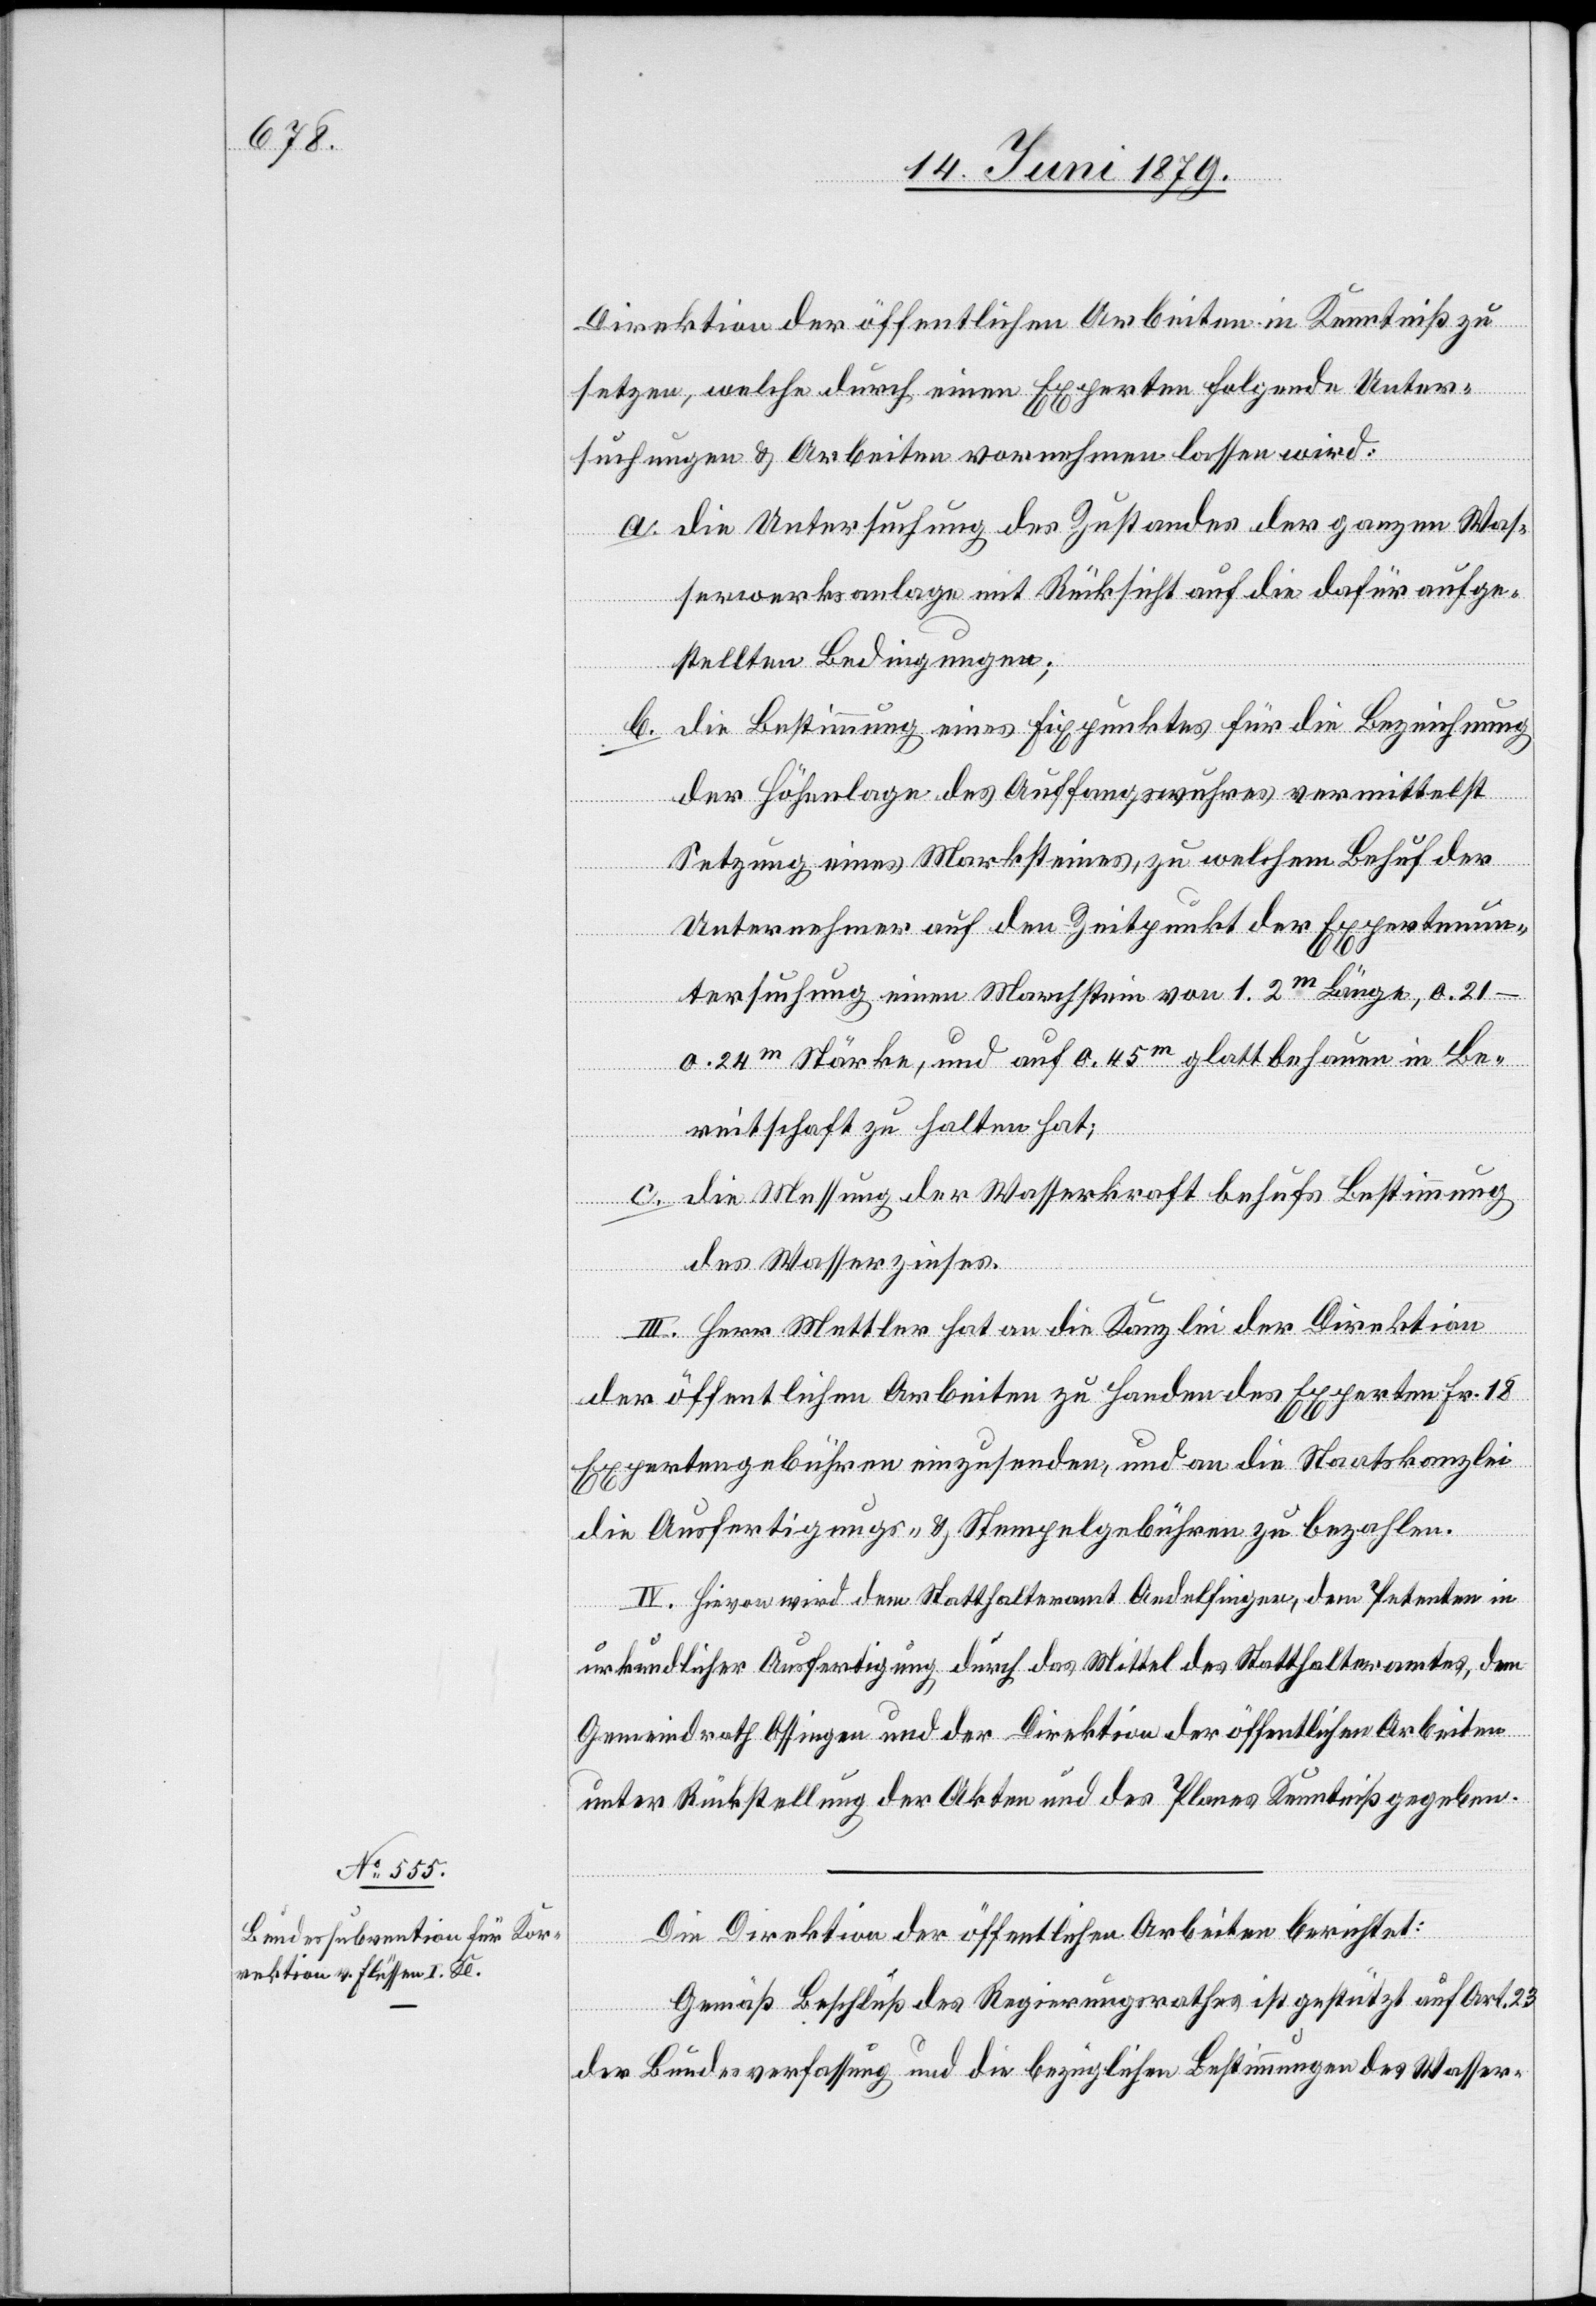
Direktion der öffentlichen Arbeiten in Kenntniß zu
setzen, welche durch einen Experten folgende Unter¬
suchungen & Arbeiten vornehmen lassen wird:
a. die Untersuchung des Zustandes der ganzen Was¬
serwerksanlage mit Rücksicht auf die dafür aufge¬
stellten Bedingungen;
b. die Bestimmung eines Fixpunktes für die Bezeichnung
der Höhenlage des Auffangswuhres vermittelst
Setzung eines Marksteines, zu welchem Behuf der
Unternehmer auf den Zeitpunkt der Expertenun¬
tersuchung einen Marchstein von 1.2m Länge,
0.21–0.24m Stärke, und auf 0.45m glatt behauen in Be¬
reitschaft zu halten hat;
c. die Messung der Wasserkraft behufs Bestimmung
des Wasserzinses.
III. Herr Mettler hat an die Kanzlei der Direktion
der öffentlichen Arbeiten zu Handen des Experten Fr. 18
Expertengebühren einzusenden, und an die Staatskanzlei
die Ausfertigungs- & Stempelgebühren zu bezahlen.
IV. Hievon wird dem Statthalteramt Andelfingen, dem Petenten in
urkundlicher Ausfertigung durch das Mittel des Statthalteramtes, dem
Gemeindrath Ossingen und der Direktion der öffentlichen Arbeiten
unter Rückstellung der Akten und des Planes Kenntniß gegeben.
Die Direktion der öffentlichen Arbeiten berichtet:
Gemäß Beschluß des Regierungsrathes ist gestützt auf Art. 23
der Bundesverfassung und die bezüglichen Bestimmungen des Wasser-